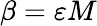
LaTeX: \beta=\varepsilon M